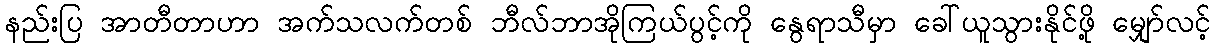
နည်းပြ အာတီတာဟာ အက်သလက်တစ် ဘီလ်ဘာအိုကြယ်ပွင့်ကို နွေရာသီမှာ ခေါ်ယူသွားနိုင်ဖို့ မျှော်လင့်